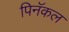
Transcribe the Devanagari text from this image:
पिनॅकल